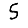
Digit: 5